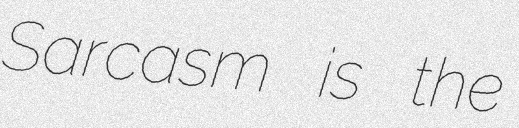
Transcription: Sarcasm is the